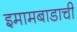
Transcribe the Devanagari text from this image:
इमामबाडाची